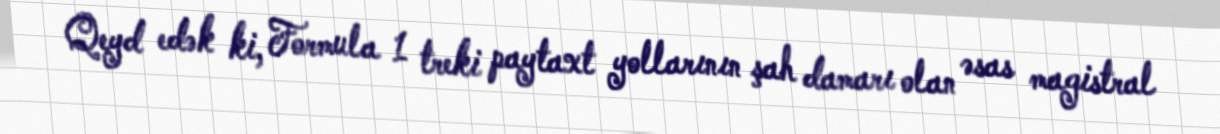
Qeyd edək ki, Formula 1 treki paytaxt yollarının şah damarı olan əsas magistral